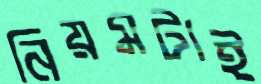
নিয়মটাই